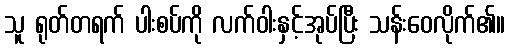
သူ ရုတ်တရက် ပါးစပ်ကို လက်ဝါးနှင့်အုပ်ပြီး သန်းဝေလိုက်၏။